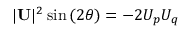
| \mathbf { U } | ^ { 2 } \sin { ( 2 \theta ) } = - 2 U _ { p } U _ { q }